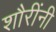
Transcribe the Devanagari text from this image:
शौरींनी